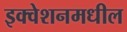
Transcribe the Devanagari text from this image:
इक्वेशनमधील